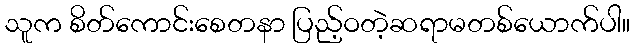
သူက စိတ်ကောင်းစေတနာ ပြည့်ဝတဲ့ဆရာမတစ်ယောက်ပါ။